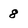
Character: 8